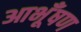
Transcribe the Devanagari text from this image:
आभूँषण